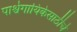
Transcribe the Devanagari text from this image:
पार्श्वगायिकेसाठीचे